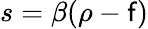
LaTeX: s=\beta(\rho-\mathsf{f})